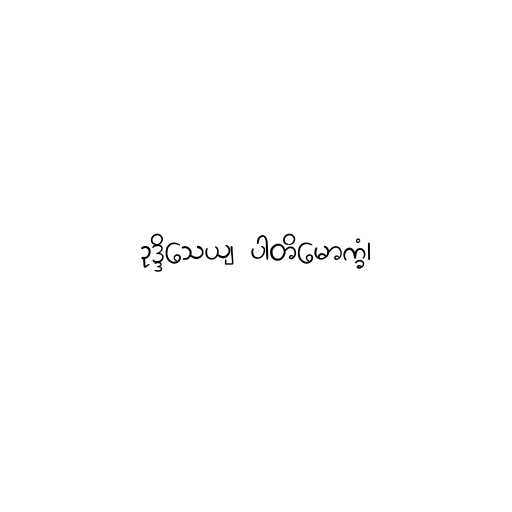
ဥဒ္ဒိသေယျ ပါတိမောက္ခံ၊